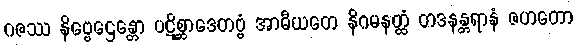
ဂဇဿ နိဗ္ဗေဌေန္တော ပဋိစ္ဆာဒေတဗ္ဗံ အာဓီယတေ နိဂမနတ္ထံ တဒနန္တရာနံ ဇဟတော